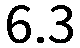
6.3